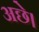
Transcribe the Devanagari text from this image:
अछे।